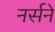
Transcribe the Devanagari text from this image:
नर्सने